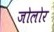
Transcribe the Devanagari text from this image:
जोलोर